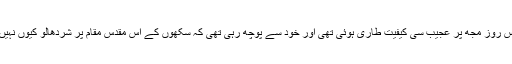
اس روز مجھ پر عجیب سی کیفیت طاری ہوئی تھی اور خود سے پوچھ رہی تھی کہ سکھوں کے اس مقدس مقام پر شردھالو کیوں نہیں؟